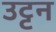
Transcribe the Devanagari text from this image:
उट्टन